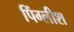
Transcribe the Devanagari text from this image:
पिंग्लीश